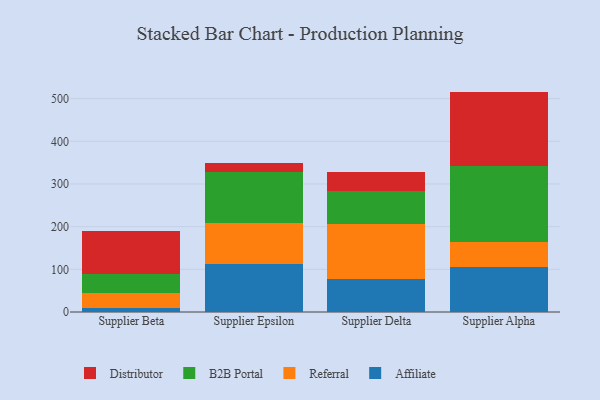
{"axis": {"x": "Supplier", "y": "Gross Profit (USD K)"}, "legend": ["Affiliate", "B2B Portal", "Distributor", "Referral"], "data": [{"x": "Supplier Beta", "y": 10.3, "type": "Affiliate"}, {"x": "Supplier Beta", "y": 35.2, "type": "Referral"}, {"x": "Supplier Beta", "y": 42.8, "type": "B2B Portal"}, {"x": "Supplier Beta", "y": 101.9, "type": "Distributor"}, {"x": "Supplier Epsilon", "y": 111.6, "type": "Affiliate"}, {"x": "Supplier Epsilon", "y": 98.0, "type": "Referral"}, {"x": "Supplier Epsilon", "y": 117.7, "type": "B2B Portal"}, {"x": "Supplier Epsilon", "y": 22.4, "type": "Distributor"}, {"x": "Supplier Delta", "y": 76.7, "type": "Affiliate"}, {"x": "Supplier Delta", "y": 129.4, "type": "Referral"}, {"x": "Supplier Delta", "y": 77.1, "type": "B2B Portal"}, {"x": "Supplier Delta", "y": 44.9, "type": "Distributor"}, {"x": "Supplier Alpha", "y": 105.8, "type": "Affiliate"}, {"x": "Supplier Alpha", "y": 58.1, "type": "Referral"}, {"x": "Supplier Alpha", "y": 178.8, "type": "B2B Portal"}, {"x": "Supplier Alpha", "y": 173.8, "type": "Distributor"}]}